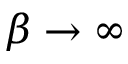
\beta \to \infty